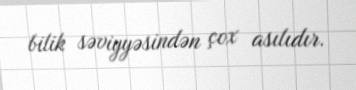
bilik səviyyəsindən çox asılıdır.